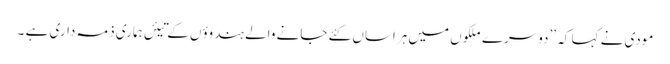
مودی نے کہا کہ ’’دوسرے ملکوں میں ہراساں کئے جانے والے ہندوؤں کے تیئں ہماری ذمہ داری ہے ۔